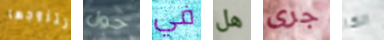
تتزوجها حول في هل جرى الكا